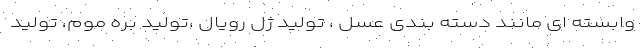
وابسته ای مانند دسته بندی عسل ، تولید ژل رویال ،تولید بره موم، تولید